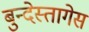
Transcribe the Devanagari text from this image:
बुन्देस्तागेस